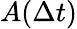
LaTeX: A(\Delta t)